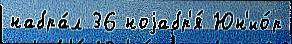
набра́л 36 ноjабр'я́ Юн'ио́р